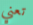
تعني